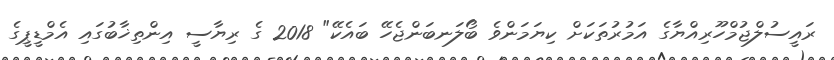
ރައީސުލްޖުމްހޫރިއްޔާގެ އަމުރުތަކަށް ކިޔަމަންވެ ބޯލަނބަންޖެހޭ ބައެކޭ" 2018 ގެ ރިޔާސީ އިންތިޚާބުގައި އެމްޑީޕީގެ